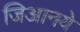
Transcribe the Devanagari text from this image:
जिआनये